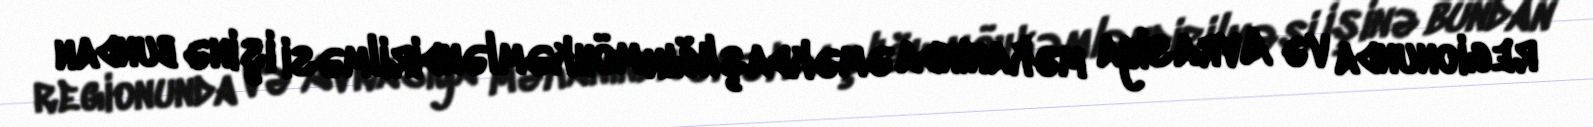
regionunda və Avrasiya məkanında əməkdaşlığın möhkəmləndirilməsi işinə bundan